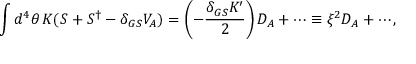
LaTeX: \int d ^ { 4 } \theta \, K ( S + S ^ { \dagger } - \delta _ { G S } V _ { A } ) = \left( - \frac { \delta _ { G S } K ^ { \prime } } { 2 } \right) D _ { A } + \cdots \equiv \xi ^ { 2 } D _ { A } + \cdots ,